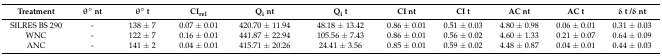
<table><thead><tr><td><b>Treatment</b></td><td><b>θ° nt</b></td><td><b>θ° t</b></td><td><b>CI<sub>rel</sub></b></td><td><b>Q<sub>i</sub> nt</b></td><td><b>Q<sub>i</sub> t</b></td><td><b>CI nt</b></td><td><b>CI t</b></td><td><b>AC nt</b></td><td><b>AC t</b></td><td><b>δ t /δ nt</b></td></tr></thead><tbody><tr><td>SILRES BS 290</td><td>-</td><td>138 ± 7</td><td>0.07 ± 0.01</td><td>420.70 ± 11.94</td><td>48.18 ± 13.42</td><td>0.86 ± 0.01</td><td>0.51 ± 0.03</td><td>4.80 ± 0.98</td><td>0.06 ± 0.01</td><td>0.31 ± 0.03</td></tr><tr><td>WNC</td><td>-</td><td>122 ± 7</td><td>0.16 ± 0.01</td><td>441.87 ± 22.94</td><td>105.56 ± 7.43</td><td>0.86 ± 0.01</td><td>0.56 ± 0.02</td><td>4.60 ± 1.33</td><td>0.21 ± 0.07</td><td>0.64 ± 0.09</td></tr><tr><td>ANC</td><td>-</td><td>141 ± 2</td><td>0.04 ± 0.01</td><td>415.71 ± 20.26</td><td>24.41 ± 3.56</td><td>0.85 ± 0.01</td><td>0.59 ± 0.02</td><td>4.48 ± 0.87</td><td>0.04 ± 0.01</td><td>0.44 ± 0.03</td></tr></tbody></table>